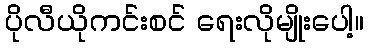
ပိုလီယိုကင်းစင် ရေးလိုမျိုးပေါ့။